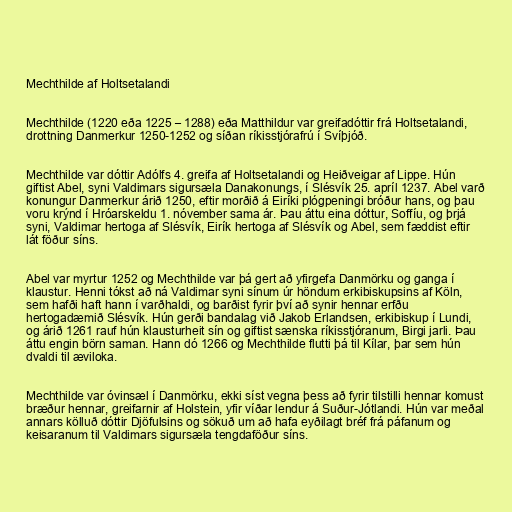
Mechthilde af Holtsetalandi

Mechthilde (1220 eða 1225 – 1288) eða Matthildur var greifadóttir frá Holtsetalandi,
drottning Danmerkur 1250-1252 og síðan ríkisstjórafrú í Svíþjóð.

Mechthilde var dóttir Adólfs 4. greifa af Holtsetalandi og Heiðveigar af Lippe. Hún
giftist Abel, syni Valdimars sigursæla Danakonungs, í Slésvík 25. apríl 1237. Abel varð
konungur Danmerkur árið 1250, eftir morðið á Eiríki plógpeningi bróður hans, og þau
voru krýnd í Hróarskeldu 1. nóvember sama ár. Þau áttu eina dóttur, Soffíu, og þrjá
syni, Valdimar hertoga af Slésvík, Eirík hertoga af Slésvík og Abel, sem fæddist eftir
lát föður síns.

Abel var myrtur 1252 og Mechthilde var þá gert að yfirgefa Danmörku og ganga í
klaustur. Henni tókst að ná Valdimar syni sínum úr höndum erkibiskupsins af Köln,
sem hafði haft hann í varðhaldi, og barðist fyrir því að synir hennar erfðu
hertogadæmið Slésvík. Hún gerði bandalag við Jakob Erlandsen, erkibiskup í Lundi,
og árið 1261 rauf hún klausturheit sín og giftist sænska ríkisstjóranum, Birgi jarli. Þau
áttu engin börn saman. Hann dó 1266 og Mechthilde flutti þá til Kílar, þar sem hún
dvaldi til æviloka.

Mechthilde var óvinsæl í Danmörku, ekki síst vegna þess að fyrir tilstilli hennar komust
bræður hennar, greifarnir af Holstein, yfir víðar lendur á Suður-Jótlandi. Hún var meðal
annars kölluð dóttir Djöfulsins og sökuð um að hafa eyðilagt bréf frá páfanum og
keisaranum til Valdimars sigursæla tengdaföður síns.